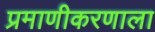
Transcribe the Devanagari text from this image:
प्रमाणीकरणाला